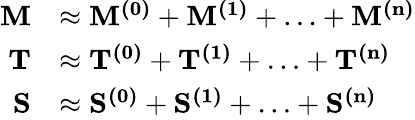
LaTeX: \begin{array}{rl}{\mathbf{M}}&{\approx\mathbf{M^{(0)}}+\mathbf{M^{(1)}}+\ldots+\mathbf{M^{(n)}}}\\ {\mathbf{T}}&{\approx\mathbf{T^{(0)}}+\mathbf{T^{(1)}}+\ldots+\mathbf{T^{(n)}}}\\ {\mathbf{S}}&{\approx\mathbf{S^{(0)}}+\mathbf{S^{(1)}}+\ldots+\mathbf{S^{(n)}}}\end{array}